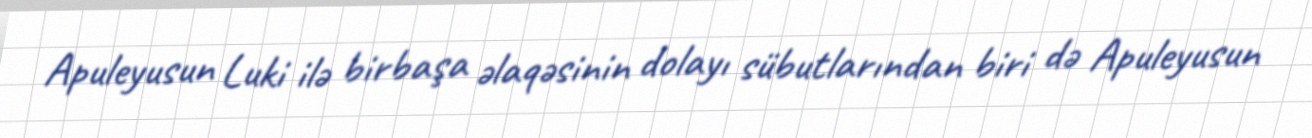
Apuleyusun Luki ilə birbaşa əlaqəsinin dolayı sübutlarından biri də Apuleyusun